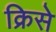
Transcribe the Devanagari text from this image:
क्रिसे